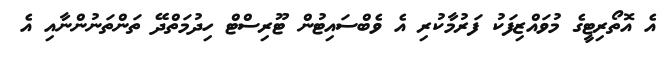
އެ އޮތޯރިޓީގެ މުވައްޒިފަކު ފަރުމާކުރި އެ ވެބްސައިޓުން ޓޫރިސްޓް ހިދުމަތްދޭ ތަންތަނުންނާއި އެ